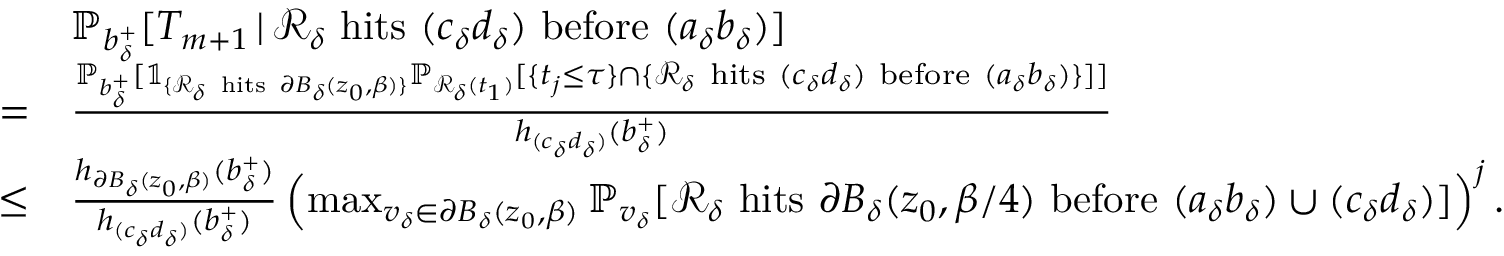
\begin{array} { r l } & { \mathbb { P } _ { b _ { \delta } ^ { + } } [ T _ { m + 1 } \, | \, \mathcal { R } _ { \delta } \mathrm { ~ h i t s ~ } ( c _ { \delta } d _ { \delta } ) \mathrm { ~ b e f o r e ~ } ( a _ { \delta } b _ { \delta } ) ] } \\ { = } & { \frac { \mathbb { P } _ { b _ { \delta } ^ { + } } [ \mathbb { 1 } _ { \{ \mathcal { R } _ { \delta } \mathrm { ~ h i t s ~ } \partial B _ { \delta } ( z _ { 0 } , \beta ) \} } \mathbb { P } _ { \mathcal { R } _ { \delta } ( t _ { 1 } ) } [ \{ t _ { j } \le \tau \} \cap \{ \mathcal { R } _ { \delta } \mathrm { ~ h i t s ~ } ( c _ { \delta } d _ { \delta } ) \mathrm { ~ b e f o r e ~ } ( a _ { \delta } b _ { \delta } ) \} ] ] } { h _ { ( c _ { \delta } d _ { \delta } ) } ( b _ { \delta } ^ { + } ) } } \\ { \le } & { \frac { h _ { \partial B _ { \delta } ( z _ { 0 } , \beta ) } ( b _ { \delta } ^ { + } ) } { h _ { ( c _ { \delta } d _ { \delta } ) } ( b _ { \delta } ^ { + } ) } \left( \operatorname* { m a x } _ { v _ { \delta } \in \partial B _ { \delta } ( z _ { 0 } , \beta ) } \mathbb { P } _ { v _ { \delta } } [ \mathcal { R } _ { \delta } \mathrm { ~ h i t s ~ } \partial B _ { \delta } ( z _ { 0 } , \beta / 4 ) \mathrm { ~ b e f o r e ~ } ( a _ { \delta } b _ { \delta } ) \cup ( c _ { \delta } d _ { \delta } ) ] \right) ^ { j } . } \end{array}